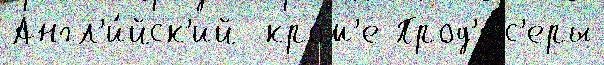
Англ'и́йск'ий  кро́м'е Прод'ю́с'еры